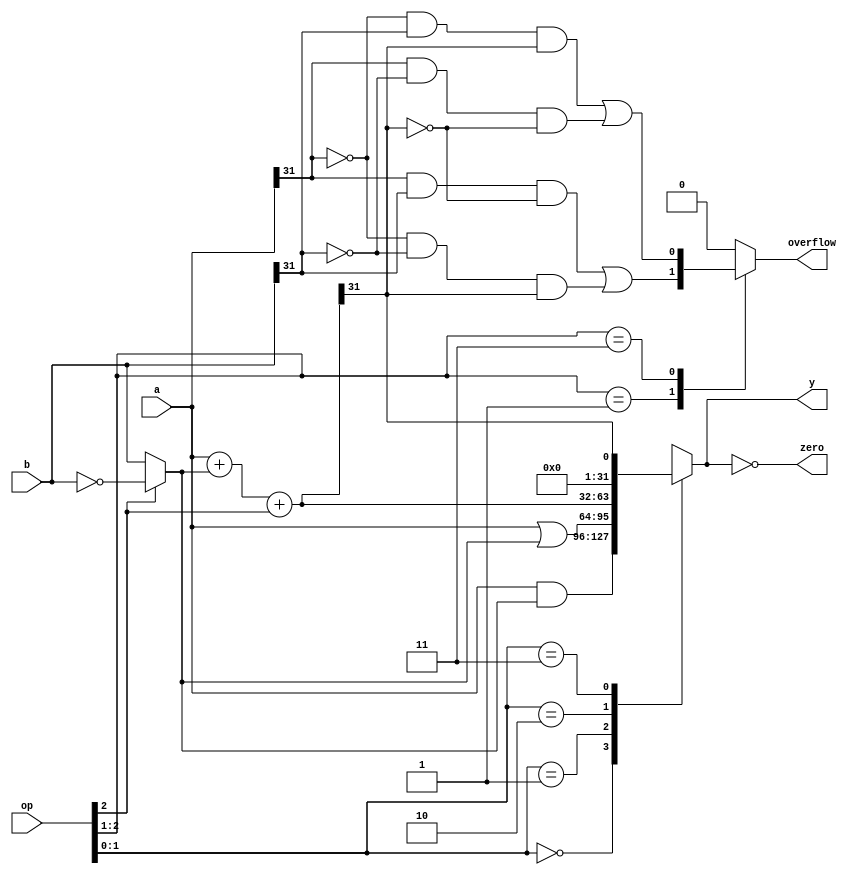
// This program was cloned from: https://github.com/lvyufeng/step_into_mips
// License: MIT License

`timescale 1ns / 1ps
//////////////////////////////////////////////////////////////////////////////////
// Company: 
// Engineer: 
// 
// Design Name: 
// Module Name: alu
// Project Name: 
// Target Devices: 
// Tool Versions: 
// Description: 
// 
// Dependencies: 
// 
// Revision:
// Revision 0.01 - File Created
// Additional Comments:
// 
//////////////////////////////////////////////////////////////////////////////////


module alu(
	input wire[31:0] a,b,
	input wire[2:0] op,
	output reg[31:0] y,
	output reg overflow,
	output wire zero
    );

	wire[31:0] s,bout;
	assign bout = op[2] ? ~b : b;
	assign s = a + bout + op[2];
	always @(*) begin
		case (op[1:0])
			2'b00: y <= a & bout;
			2'b01: y <= a | bout;
			2'b10: y <= s;
			2'b11: y <= s[31];
			default : y <= 32'b0;
		endcase	
	end
	assign zero = (y == 32'b0);

	always @(*) begin
		case (op[2:1])
			2'b01:overflow <= a[31] & b[31] & ~s[31] |
							~a[31] & ~b[31] & s[31];
			2'b11:overflow <= ~a[31] & b[31] & s[31] |
							a[31] & ~b[31] & ~s[31];
			default : overflow <= 1'b0;
		endcase	
	end
endmodule